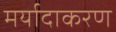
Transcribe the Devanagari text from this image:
मर्यादाकरण